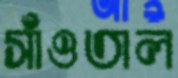
সাঁওতাল